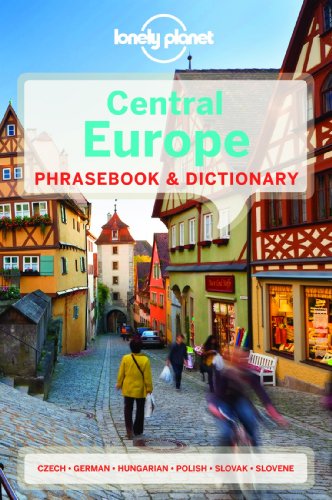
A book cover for Lonely Planet Central Europe Phrasebook & Dictionary (Lonely Planet Phrasebook: Central Europe); Lonely Planet; Travel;